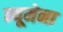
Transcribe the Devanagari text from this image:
न्यूमेना